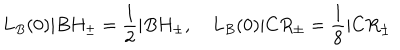
L _ { B } ( 0 ) | B H _ { \pm } = \frac { 1 } { 2 } | B H _ { \pm } , \quad L _ { B } ( 0 ) | C R _ { \pm } = \frac { 1 } { 8 } | C R _ { \pm }